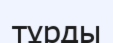
тұрды